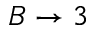
B \rightarrow 3